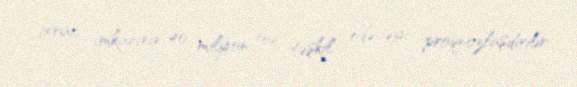
ixrac imkanının 40 milyon ton təşkil edəcəyi proqnozlaşdırılır.